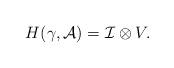
LaTeX: \begin{align*}H(\gamma,{\cal A})={\cal{I}}\otimes V.\end{align*}